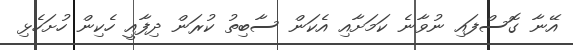
އޭނާ ގޮސްފައި ނުވާނެ ކަމަށާއި އެކަން ސާބިތު ކުރަން ދިފާއީ ހެކިން ހުށަހެޅި